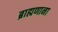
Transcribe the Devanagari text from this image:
ब्राह्मणाना